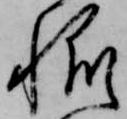
帆